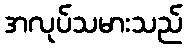
အလုပ်သမားသည်